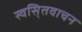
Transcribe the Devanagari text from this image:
स्वसि्तवाचन